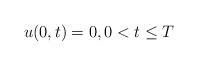
LaTeX: \begin{align*}u(0,t)=0,0<t\leq T \end{align*}